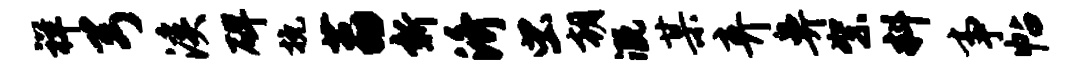
祥弓溪碑挽荔新济虫朝溉某弃鼻絮料事帖